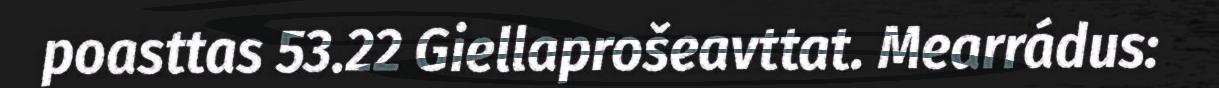
poasttas 53.22 Giellaprošeavttat. Mearrádus: